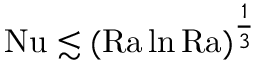
\mathrm { { N u } } \lesssim ( \mathrm { { R a } } \ln \mathrm { { R a } } ) ^ { \frac 1 3 }